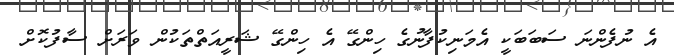
އެ ނުފެންނަ ސަބަބަކީ އެމަނިކުފާނުގެ ހިންގޭ އެ ހިންގޭ ޝަރީއަތްތަކުން ވަރަށް ސާފުކޮށް